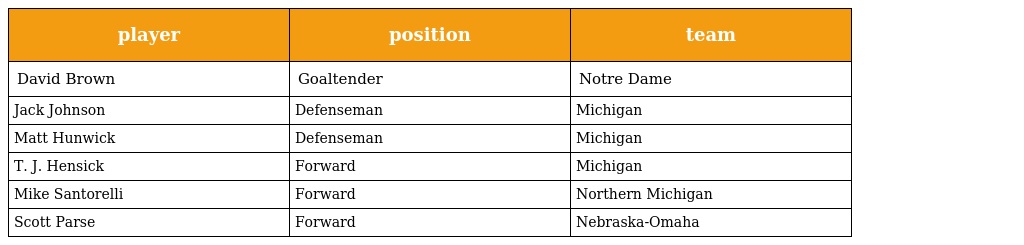
| player | position | team |
 | --- | --- | --- |
 | David Brown | Goaltender | Notre Dame |
 | Jack Johnson | Defenseman | Michigan |
 | Matt Hunwick | Defenseman | Michigan |
 | T. J. Hensick | Forward | Michigan |
 | Mike Santorelli | Forward | Northern Michigan |
 | Scott Parse | Forward | Nebraska-Omaha |